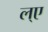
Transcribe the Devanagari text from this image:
ल्ए